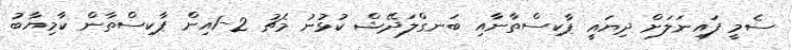
ސެމީ ފައިނަލަށް ދިޔައީ ޕާކިސްތާނާއި ބަނގްލަދޭޝް ކުޅުނު މެޗު 2-1އިން ޕާކިސްތާން ކާމިޔާބު